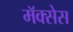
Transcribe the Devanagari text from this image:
मॅक्सेस